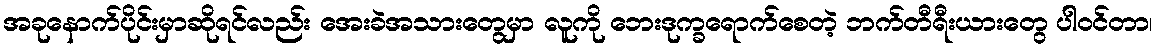
အခုနောက်ပိုင်းမှာဆိုရင်လည်း အေးခဲအသားတွေမှာ လူကို ဘေးဒုက္ခရောက်စေတဲ့ ဘက်တီရီးယားတွေ ပါဝင်တာ၊